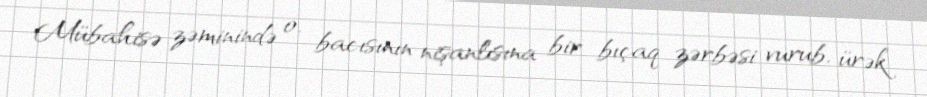
Mübahisə zəminində o, bacısının nişanlısına bir bıçaq zərbəsi vurub, ürək